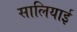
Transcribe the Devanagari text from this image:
सालियाई